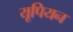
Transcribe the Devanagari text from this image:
यूपियन